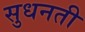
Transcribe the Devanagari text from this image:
सुधनती